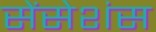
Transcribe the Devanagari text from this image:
सेंसेशंस